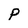
Character: P